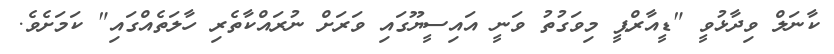
ކާނަލް ވިދާޅުވީ "ޑީއާރްޕީ މިވަގުތު ވަނީ އައިސީޔޫގައި ވަރަށް ނުރައްކާތެރި ހާލަތެއްގައި" ކަމަށެވެ.